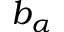
b _ { \alpha }